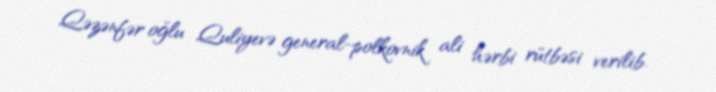
Qəzənfər oğlu Quliyevə general-polkovnik ali hərbi rütbəsi verilib.